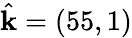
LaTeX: \hat{\mathbf{k}}=(55,1)